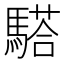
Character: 𩥠